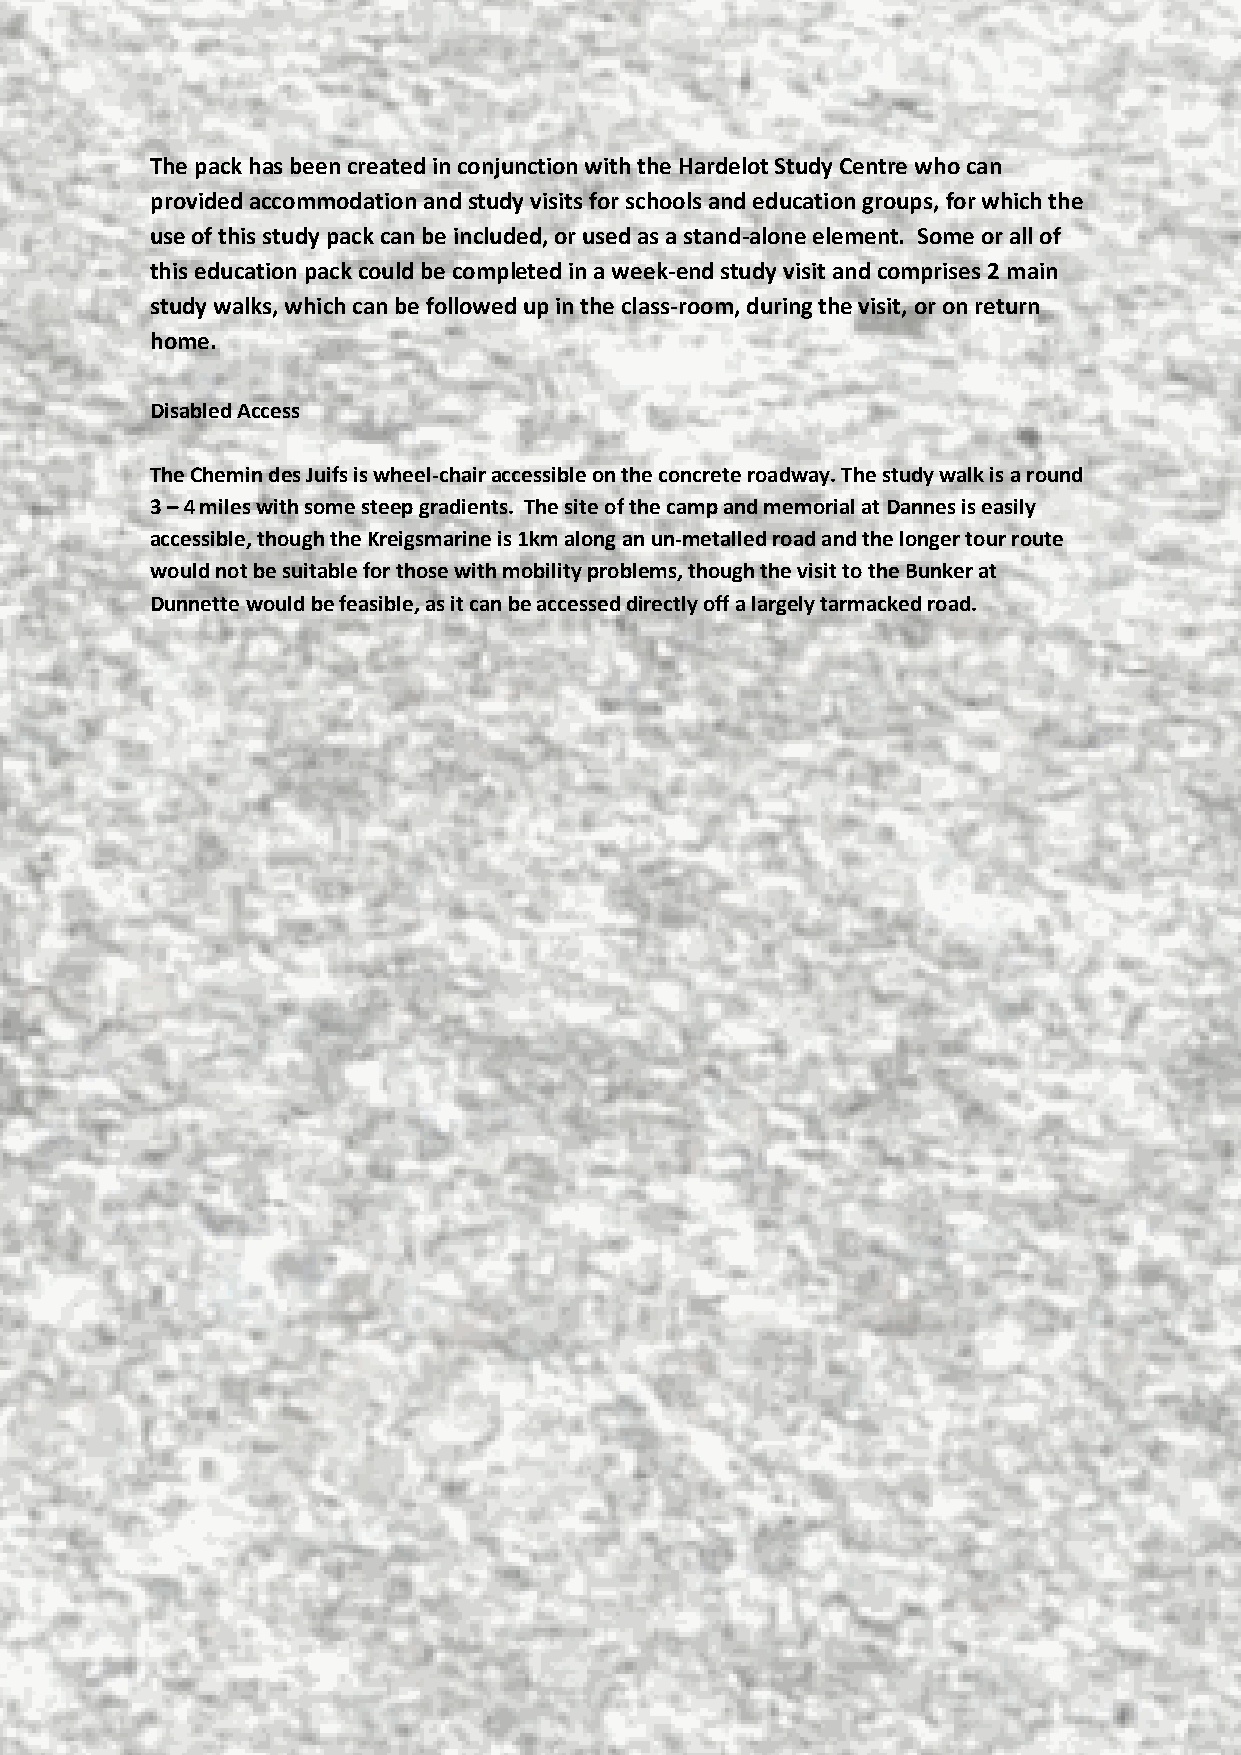
The pack has been created in conjunction with the Hardelot Study Centre who can
 provided accommodation and study visits for schools and education groups, for which the
 use of this study pack can be included, or used as a stand-alone element. Some or all of
 this education pack could be completed in a week-end study visit and comprises 2 main
 study walks, which can be followed up in the class-room, during the visit, or on return
 home.
 Disabled Access
 The Chemin des Juifs is wheel-chair accessible on the concrete roadway. The study walk is a round
 3 – 4 miles with some steep gradients. The site of the camp and memorial at Dannes is easily
 accessible, though the Kreigsmarine is 1km along an un-metalled road and the longer tour route
 would not be suitable for those with mobility problems, though the visit to the Bunker at
 Dunnette would be feasible, as it can be accessed directly off a largely tarmacked road.